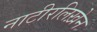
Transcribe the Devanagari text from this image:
नाटीरलिख़ेन